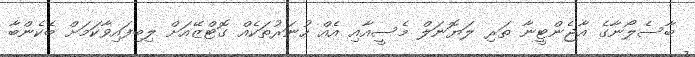
ބާސެލޯނާގެ އާޖެންޓީނާ ތަރި ލަޔޮނަލް މެސީއާއި އެއް ހުނަރުތަކެއް ގޮޓްޒޭއަށް ލިބިފައިވާކަމަށް ބެކެންބާ